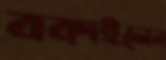
বকাইলেন